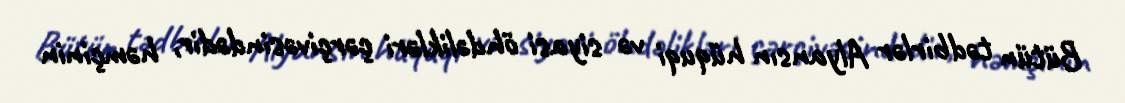
Bütün tədbirlər Alyansın hüquqi və siyasi öhdəlikləri çərçivəsindədir, həmçinin